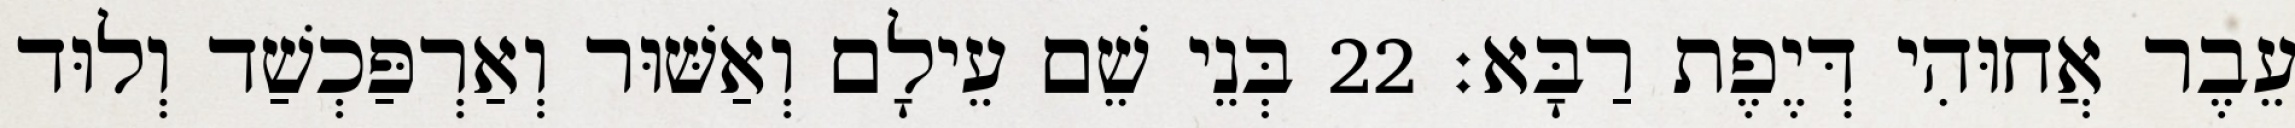
עֵבֶר אֲחוּהִי דְּיֶפֶת רַבָּא׃ 22 בְּנֵי שֵׁם עֵילָם וְאַשּׁוּר וְאַרְפַּכְשַׁד וְלוּד